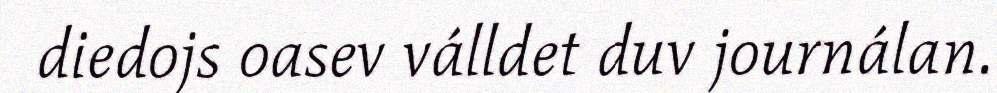
diedojs oasev válldet duv journálan.